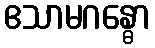
ဧသာမဂန္ဓော